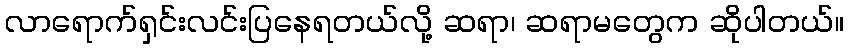
လာရောက်ရှင်းလင်းပြနေရတယ်လို့ ဆရာ၊ ဆရာမတွေက ဆိုပါတယ်။